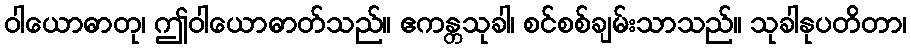
ဝါယောဓာတု၊ ဤဝါယောဓာတ်သည်။ ဧကန္တသုခါ၊ စင်စစ်ချမ်းသာသည်။ သုခါနုပတိတာ၊